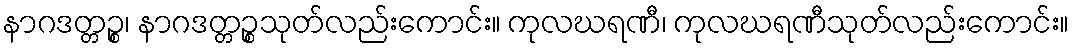
နာဂဒတ္တဉ္စ၊ နာဂဒတ္တဉ္စသုတ်လည်းကောင်း။ ကုလဃရဏီ၊ ကုလဃရဏီသုတ်လည်းကောင်း။